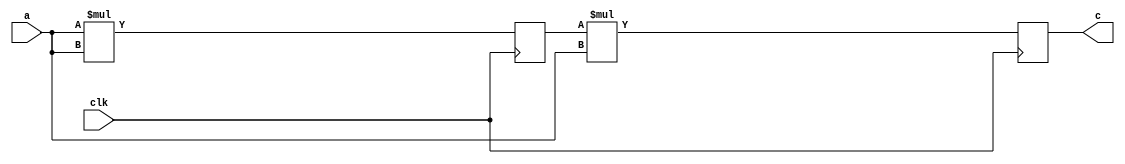
`timescale 1ns/1ps

module test_ex1 (
                  input clk,
                  input [3:0] a,
                  output reg [11:0] c
                  );

   reg [7:0]                  y;

   always @(posedge clk) begin 
        y <= a*a;
        c  <= y*a;
   end

endmodule